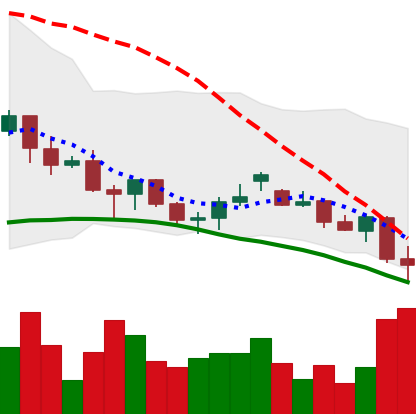
Ticker: LINK-USD
Chart end date: 2021-06-22
Forward return: 9.149%
Label: up_7plus